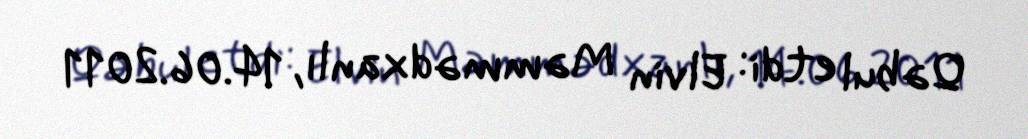
Qəbul etdi: Elvin Məmmədxanlı, 14.06.2011